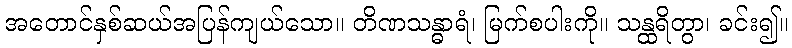
အတောင်နှစ်ဆယ်အပြန်ကျယ်သော။ တိဏသန္ဓာရံ၊ မြက်စပါးကို။ သန္ထရိတွာ၊ ခင်း၍။